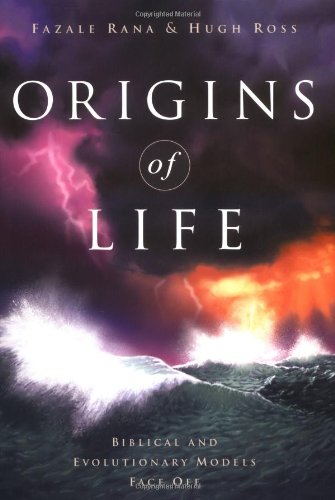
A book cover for Origins of Life: Biblical and Evolutionary Models Face Off; Fazale Rana; Christian Books & Bibles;